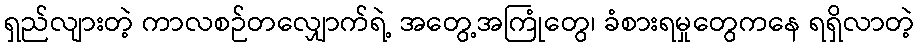
ရှည်လျားတဲ့ ကာလစဉ်တလျှောက်ရဲ့ အတွေ့အကြုံတွေ၊ ခံစားရမှုတွေကနေ ရရှိလာတဲ့